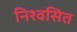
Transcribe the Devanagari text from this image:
निश्वसित